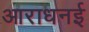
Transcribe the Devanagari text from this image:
आराधनई